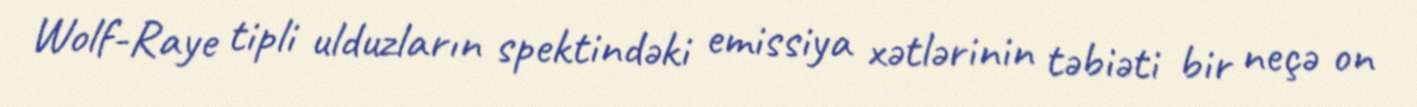
Wolf-Raye tipli ulduzların spektindəki emissiya xətlərinin təbiəti bir neçə on